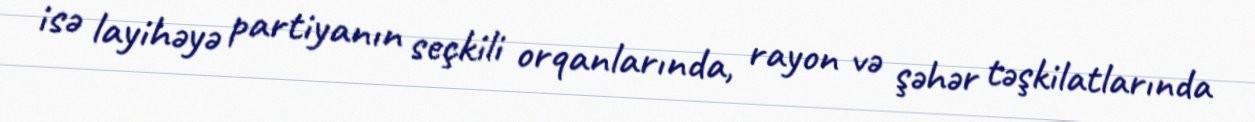
isə layihəyə partiyanın seçkili orqanlarında, rayon və şəhər təşkilatlarında